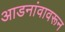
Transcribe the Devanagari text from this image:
आडनांवावरून